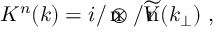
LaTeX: K ^ { n } ( k ) = i \rlap { { n } } / \otimes \rlap { { n } } / \widetilde { V } ( k _ { \perp } ) ~ ,